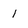
Character: 1